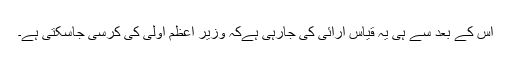
اس کے بعد سے ہی یہ قیاس آرائی کی جارہی ہےکہ وزیر اعظم اولی کی کرسی جاسکتی ہے۔